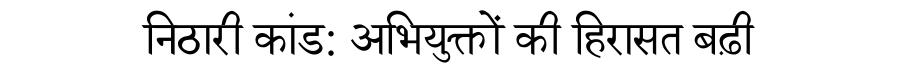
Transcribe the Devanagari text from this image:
निठारी कांड: अभियुक्तों की हिरासत बढ़ी